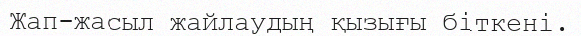
Жап-жасыл жайлаудың қызығы біткені.